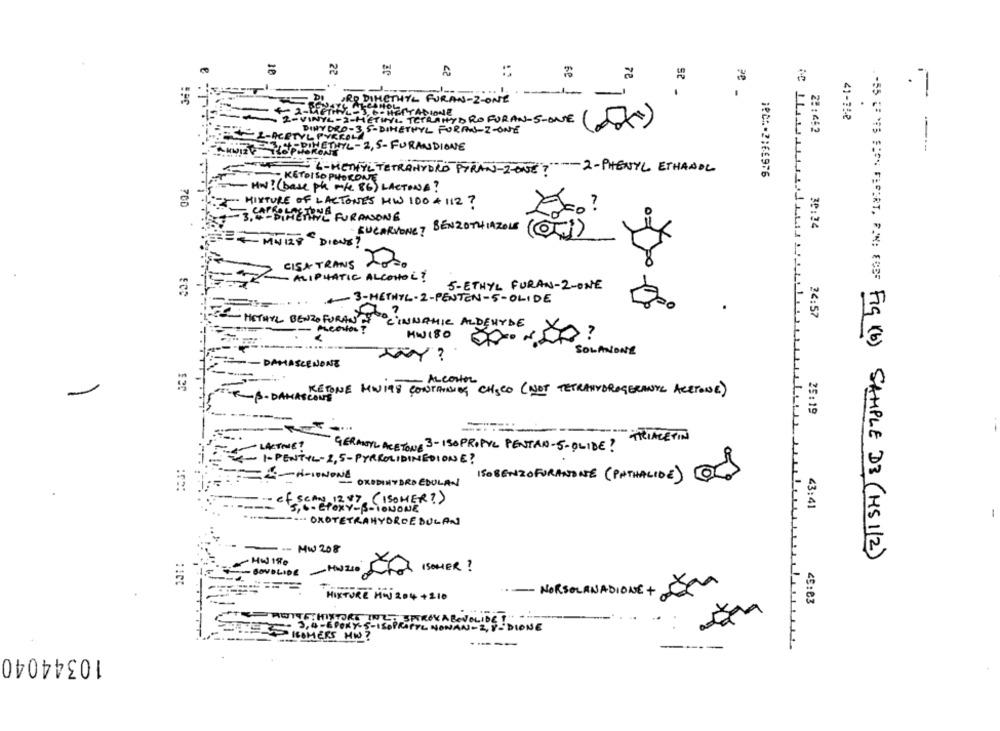
22
7ª
-
-
st -
ORO DIMETHYL FURAN- 2-ONE
3.6. HEPTADIONE
41-358
2-VINY
4-2-METING TETRAHYDRO FORAN-S-ONE
DIHYDRO-3, S-DIMETHYL FORAS-Z-ONE
25:452
L-ACETYL PYRKOLA
DINGTHYL-2, 5-FURANDIONE
---
-6 - METHYL TETRAHYDRO PYRAN-Z-ONE? " --- 2- PHENYL ETHANOL
;RC :- 2:66976
KETDI SO PHOKONE
HW! (base ph more 86) LACTONA?
700
MIXTURE OF LACTONES HW 100 # 112?
?
3 .-- SHETIL FURANONG
30:24
BUCARVONET BENZOTHIAZOLS (Ti)
MNI28 DIGNE?
CISA TRANS 2020
ALIPHATIC ALCOHOL!
5-ETHYL FURAN-2-ONE
-3-METHYL-2-PENTEN-5-OLIDE
7
24:57
METHYL BENZO FURANT
CINNAMIC ALDEHYDE
HW180
> ?
SOLANONE
xy ?
-- DAMASCENONE
- ALCOstor
KETONE MWITS CONTAINING CHSCO (NOT TETRAHYDROGERANTE ACETONE)
T'ES. DAMASCOUS
25:19
"THIACETIN
LACTONE?
GERANYL ACETONA 3-130PROPYL PENTAN-5-OLIDE?
-- 1-PENTYL-2,5-PYRROLIDINEDIONE?
ISOBENZOFORANONE (PNTHALIDE)
OKODIHYDRO EDULA-
-----
-- of SCAY 1247 (ISOMER?)
5,6- EPOXY-B-IONONE
<3:41
-
.:------- OXOTETRAHYDROEBULAN
--- MW 208
.55 LINS TION DEPERT, POM FRET Fig (6) SAMPLE DB (MS 1/2)
-HWITO
-- BONDLIDE - HUZIO
ISOMER ?
- NORSOLANADIONE + Be
MIXTURE HW 204 +210
- - 3, 4 - 6PORY- S- ISOPROPYL NONAN - 2, VODI
DIONE
10344040
-----